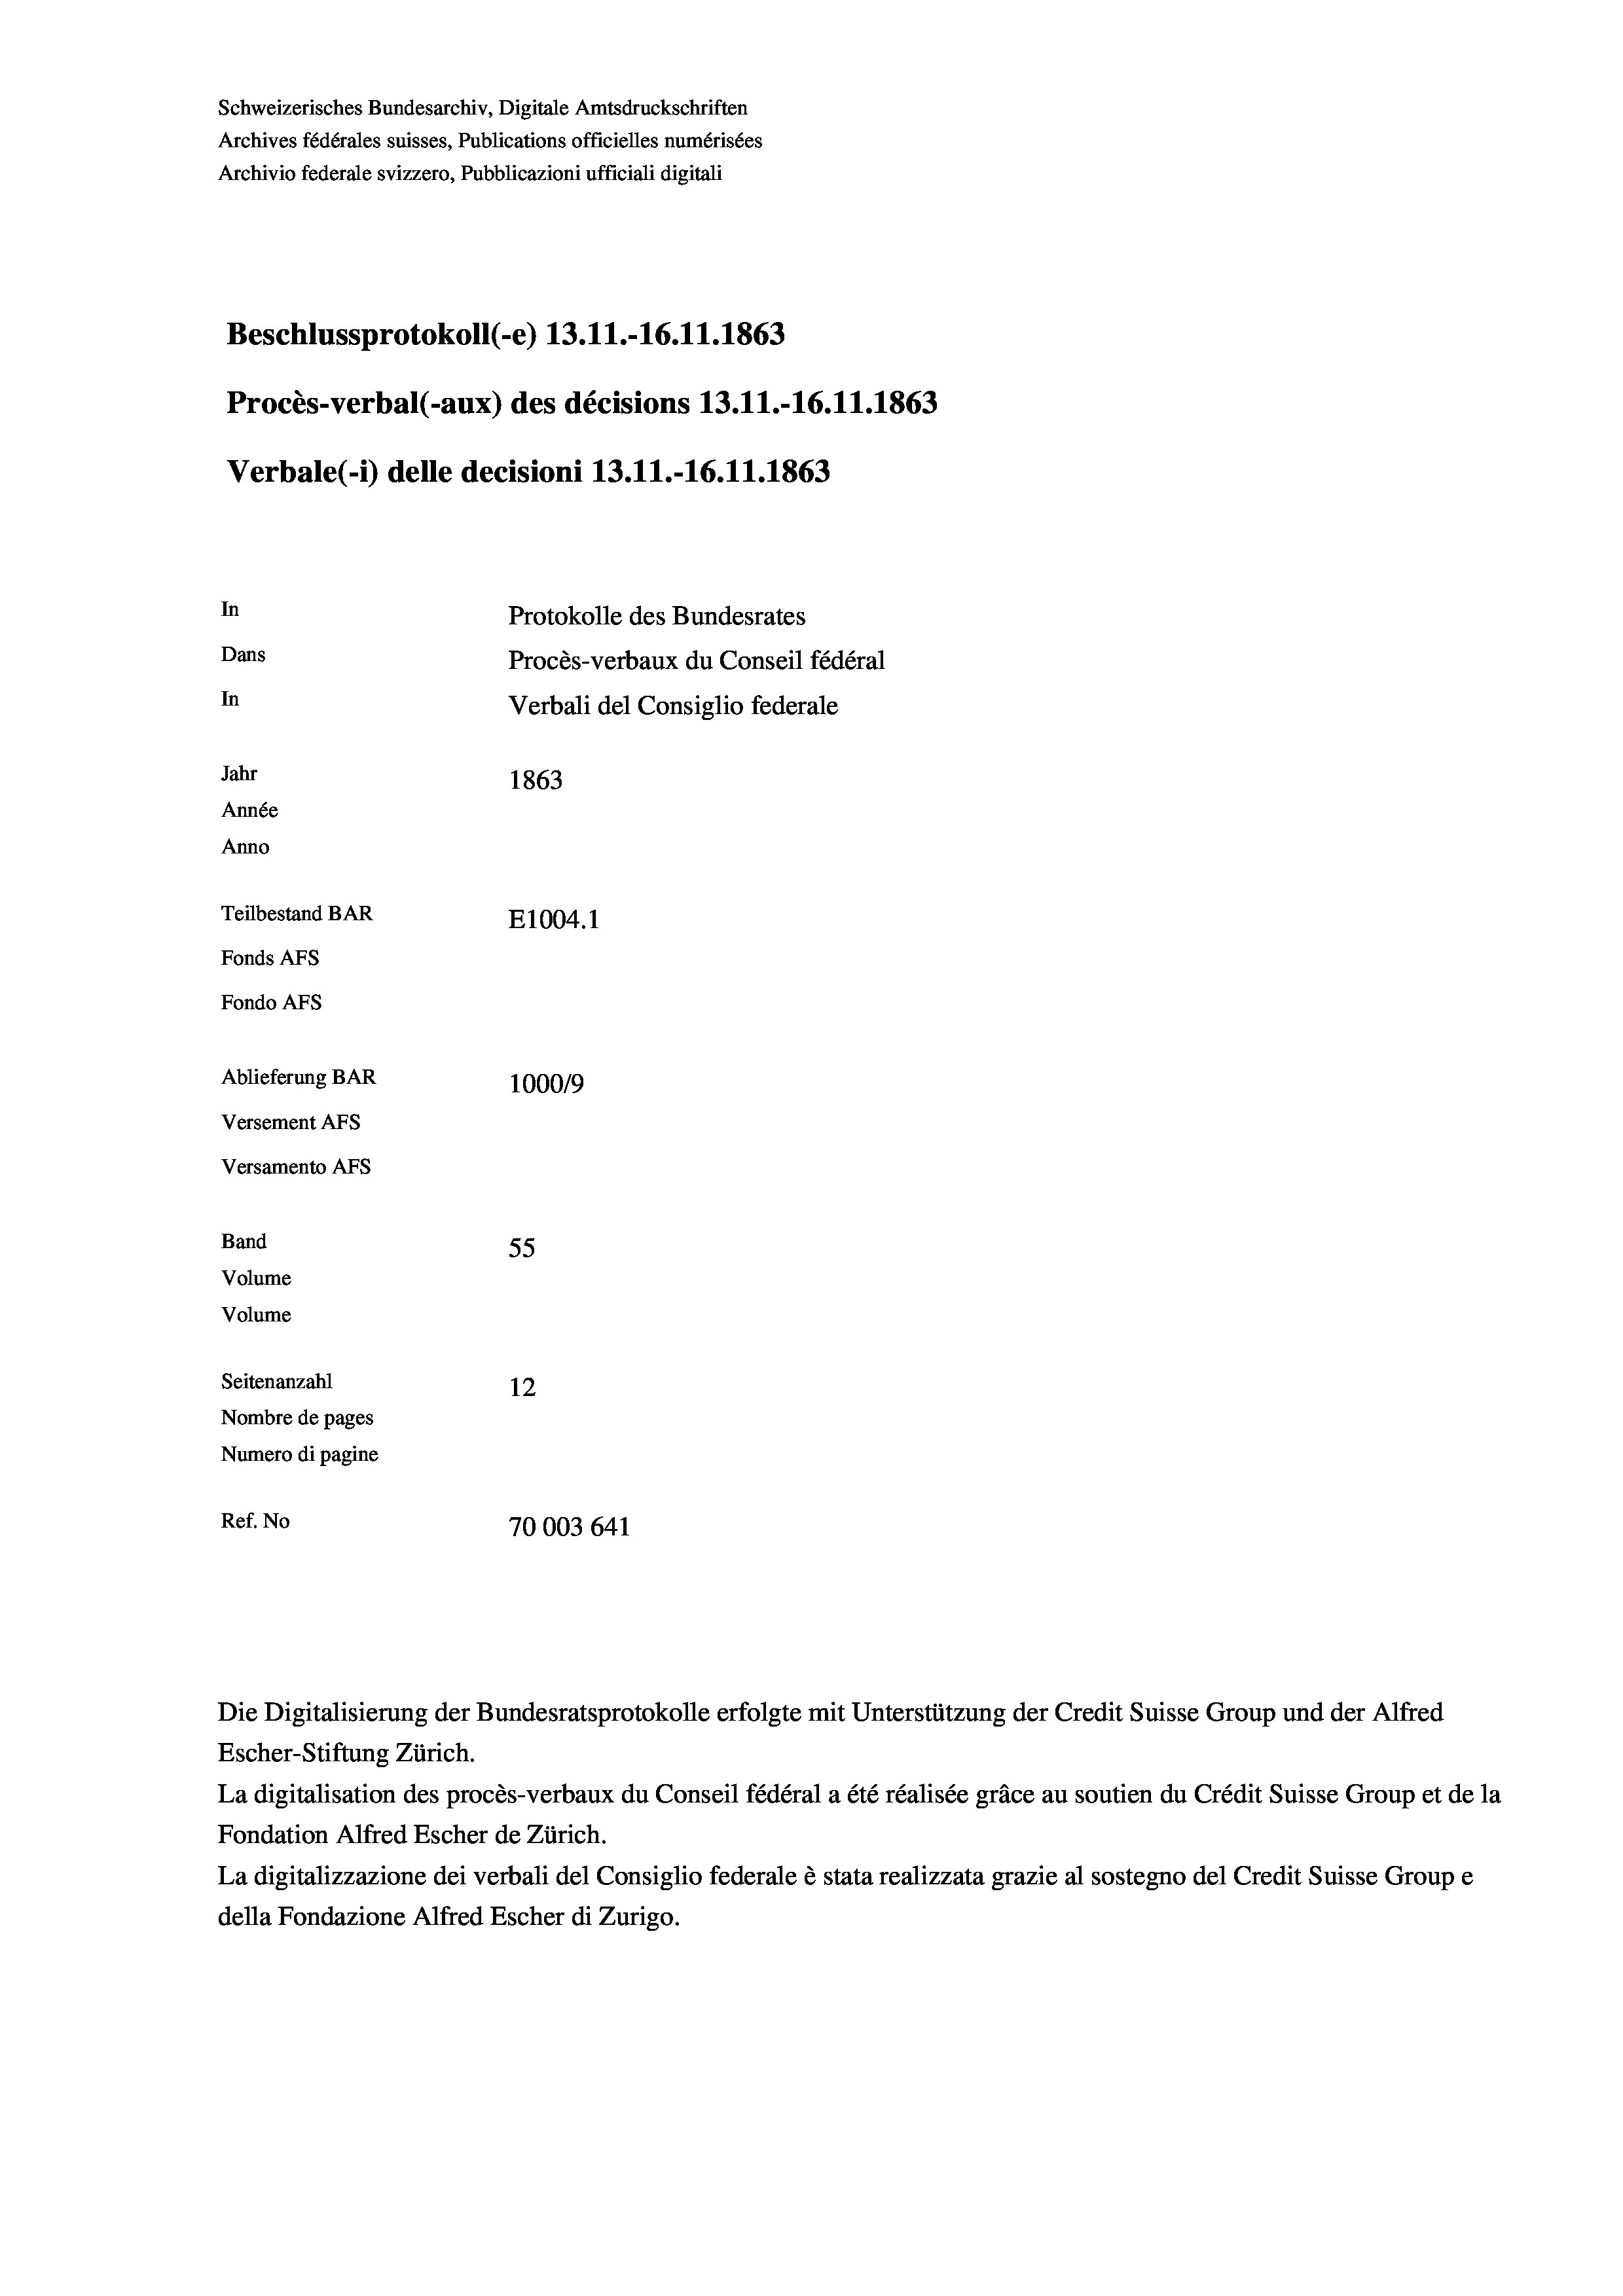
Schweizerisches Bundesarchiv, Digitale Amtsdruckschriften
Archives fédérales suisses, Publications officielles numérisées
Archivio federale svizzero, Pubblicazioni ufficiali digitali
Beschlussprotokoll (-e) 13.11.-16.11.1863
Procès-verbal (-aux) des décisions 13.11.-16.11.1863
Verbale(-*) delle decisioni 13.11.-16.11.1863
In
Protokolle des Bundesrates
Dans
Procès-verbaux du Conseil fédéral
In
Verbali del Consiglio federale
Jahr
1863
Année
Anno
Teilbestand BAR
E1004.1
Fonds AFs
Fondo AFs
Ablieferung BAR
100019
Versement As
Versamento AFs
Band
55
Volume
Volume
Seitenanzahl
12
Nombre de pages
Numero di pagine
Ref. No
70003 641

Escher-Stiftung Zürich.
La digitalisation des procès-verbaux du Conseil fédéral a été réalisée gräce au soutien du Crédit Suisse Group et de la
Fondation Alfred Escher de Zürich.
La digitalizzazione dei verbali del Consiglio federale è stata realizzata grazie al sostegno del Credit Suisse Groupe
della Fondazione Alfred Escher di Zurigo.

Die Digitalisierung der Bundesratsprotokolle erfolgte mit Unterstützung der Credit Suisse Group und der Alfred